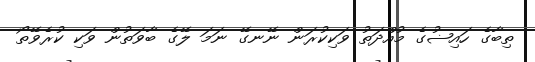
ތިބާގެ ހައިޟުގެ މުއްދަތު ވަކިކުރަން ނޭނގޭ ނަމަ ލޭގެ ބާވަތުން ވަކި ކުރެވޭތޯ